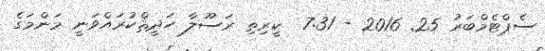
ސެޕްޓެމްބަރު 25